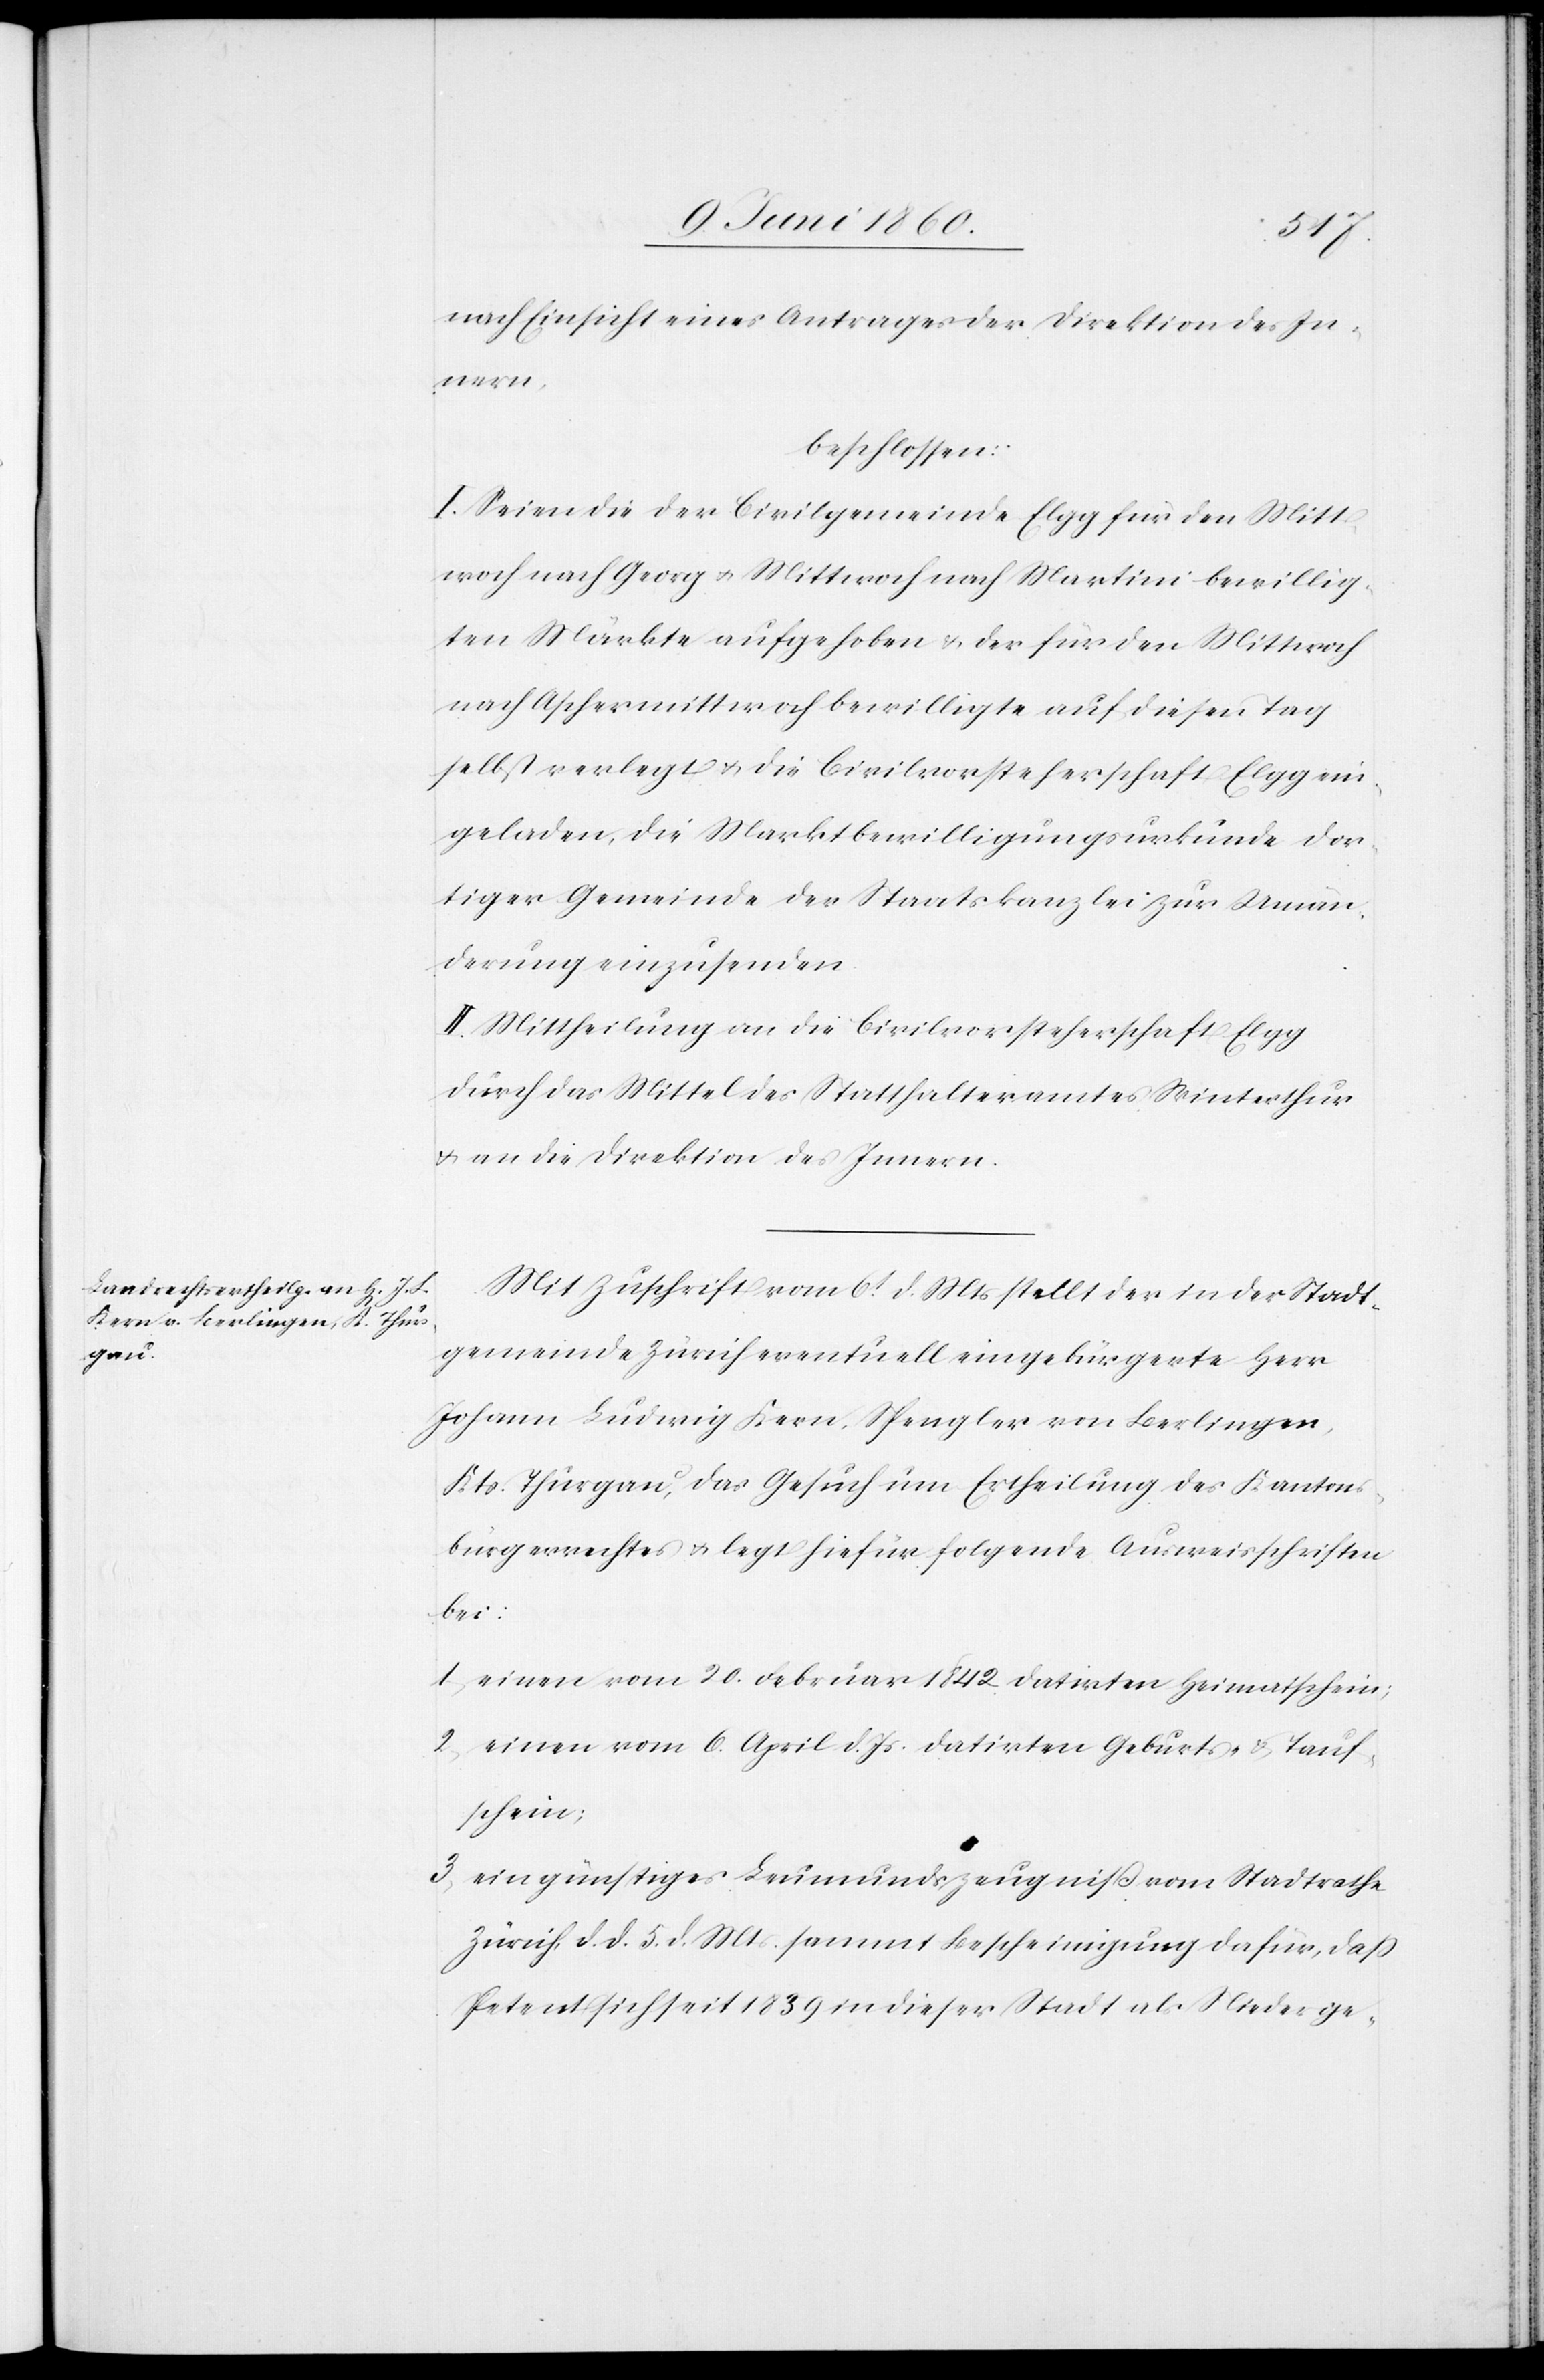
nach Einsicht eines Antrages der Direktion des In¬
nern,
beschlossen:
I. Seien die der Civilgemeinde Elgg für den Mitt¬
woch nach Georg u. Mittwoch nach Martini bewillig¬
ten Märke aufgehoben u. den für den Mittwoch
nach Aschermittwoch bewilligte auf diesen Tag
selbst verlegt u. die Civilvorsteherschaft Elgg ein¬
geladen, die Marktbewilligungsurkunde dor¬
tiger Gemeinde der Staatskanzlei zur Umän¬
derung einzusenden.
II. Mittheilung an die Civilvorsteherschaft Elgg
durch das Mittel des Statthalteramtes Winterthur
u. an die Direktion des Innern.
Mit Zuschrift vom 6t d. Mts. stellt der in der Stadt¬
gemeinde Zürich eventuell eingebürgerte Herr
Johann Ludwig Kern, Spengler von Berlingen,
Kts. Thurgau, das Gesuch um Ertheilung des Kantons¬
bürgerrechtes u. legt hiefür folgende Ausweisschriften
bei:
1. einen vom 20. Februar 1842 datirten Heimatschein;
2. einen vom 6. April d. Js. datirten Geburts- u. Tauf¬
schein;
3. ein günstiges Leumundszeugniss vom Stadtrathe
Zürich, d. d. 5. d. Mts. sammt Bescheinigung dafür, dass
Petent sich seit 1838 in dieser Stadt als Niederge-